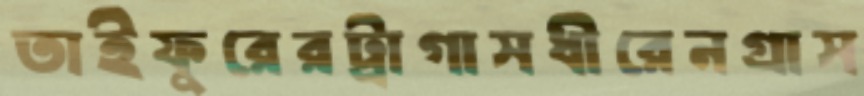
তাইফুরেরট্রাগাসধীরেনগ্রাস